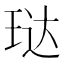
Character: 𮴘